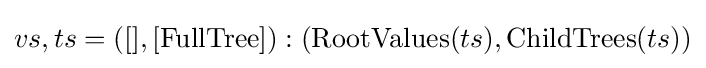
vs,ts=([],[{\text{FullTree}}]):({\text{RootValues}}(ts),{\text{ChildTrees}}(ts))